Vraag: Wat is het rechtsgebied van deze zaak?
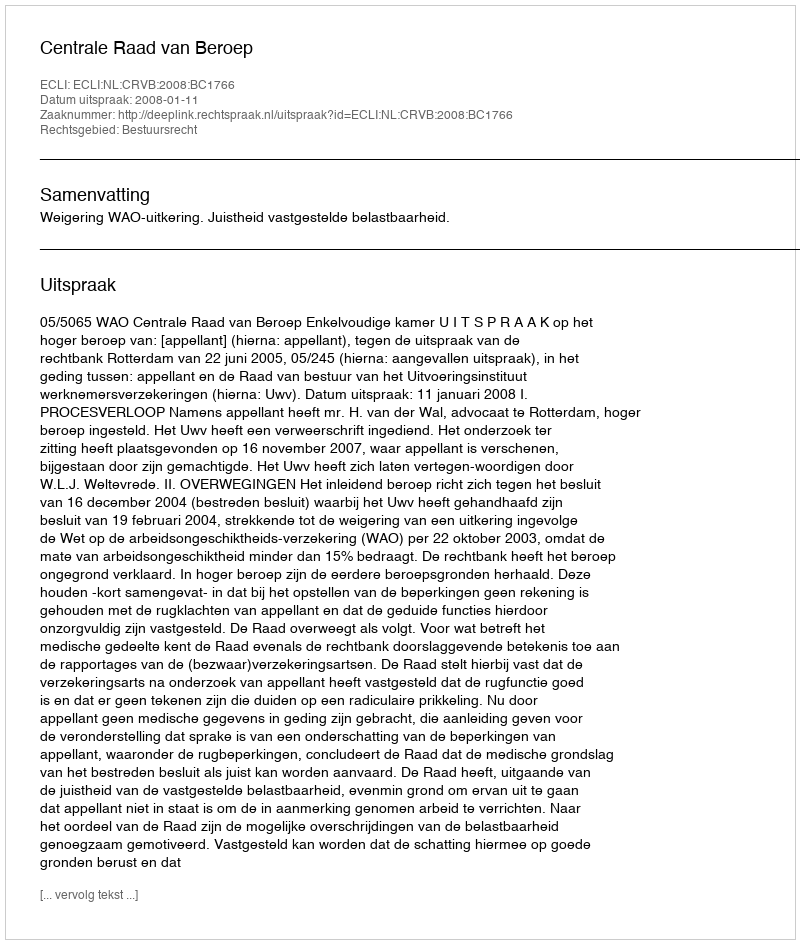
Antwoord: Bestuursrecht